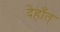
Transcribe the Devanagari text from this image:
देहाँत्